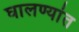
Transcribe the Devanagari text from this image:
घालण्यांत